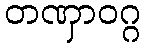
တဏှာဝဂ္ဂ